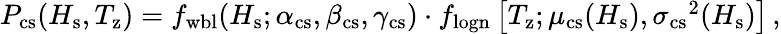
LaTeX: \begin{array}{r}{P_{\mathrm{cs}}(H_{\mathrm{s}},T_{\mathrm{z}})=f_{\mathrm{wbl}}(H_{\mathrm{s}};\alpha_{\mathrm{cs}},\beta_{\mathrm{cs}},\gamma_{\mathrm{cs}})\cdot f_{\mathrm{logn}}\left[T_{\mathrm{z}};\mu_{\mathrm{cs}}(H_{\mathrm{s}}),{\sigma_{\mathrm{cs}}}^{2}(H_{\mathrm{s}})\right]\, ,}\end{array}